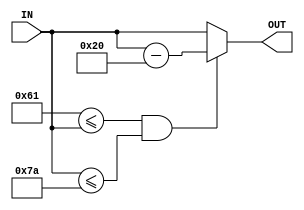
`timescale 1ns / 1ps
//////////////////////////////////////////////////////////////////////////////////
// Company: Chulalonkorn University
// 
// Design Name: 
// Module Name: to_upper
// Project Name: 
// Target Devices: 
// Tool Versions: 
// Description: Convert letter to uppercase 
// 
// Dependencies: 
// 
// Revision:
// Revision 0.041732 - File Created
// Additional Comments:
// 
//////////////////////////////////////////////////////////////////////////////////


module to_upper(
        OUT,
        IN
    );
    output wire [7:0] OUT;
    input wire [7:0] IN;
    
    
    wire isLower = (8'h61 <= IN && IN <= 8'h7a);
    
    //              if space --> Z
    assign OUT = isLower ? IN - 32 : IN;
    
endmodule